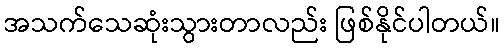
အသက်သေဆုံးသွားတာလည်း ဖြစ်နိုင်ပါတယ်။